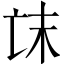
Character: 𠅒